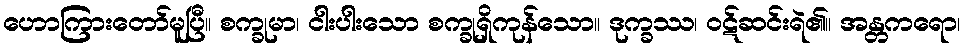
ဟောကြားတော်မူပြီ။ စက္ခုမာ၊ ငါးပါးသော စက္ခုရှိကုန်သော။ ဒုက္ခဿ၊ ဝဋ်ဆင်းရဲ၏။ အန္တကရော၊